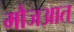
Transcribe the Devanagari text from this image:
मौजआत